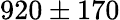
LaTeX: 920\pm 170